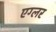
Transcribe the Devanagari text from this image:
एग्लर